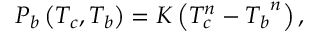
P _ { b } \left( T _ { c } , T _ { b } \right) = K \left( T _ { c } ^ { n } - { T _ { b } } ^ { n } \right) ,